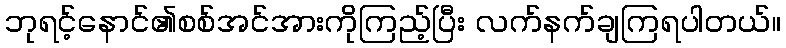
ဘုရင့်နောင်၏စစ်အင်အားကိုကြည့်ပြီး လက်နက်ချကြရပါတယ်။